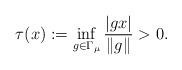
LaTeX: \begin{align*}\tau(x) := \inf_{g \in \Gamma_{\mu} } \frac{|gx|}{ \|g\| } > 0. \end{align*}